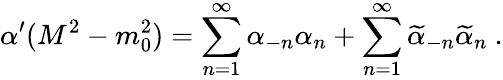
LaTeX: \alpha^{\prime}(M^{2}-m_{0}^{2})=\sum_{n=1}^{\infty}\alpha_{-n}\alpha_{n}+\sum_{n=1}^{\infty}\widetilde{\alpha}_{-n}\widetilde{\alpha}_{n}\ .